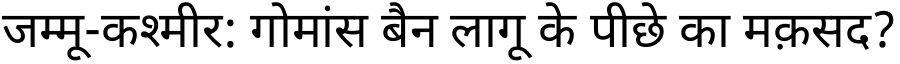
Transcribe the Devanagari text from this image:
जम्मू-कश्मीर: गोमांस बैन लागू के पीछे का मक़सद?